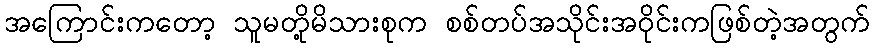
အကြောင်းကတော့ သူမတို့မိသားစုက စစ်တပ်အသိုင်းအဝိုင်းကဖြစ်တဲ့အတွက်